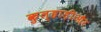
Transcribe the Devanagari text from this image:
कुल्हाड़ीऔर